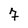
Character: 7